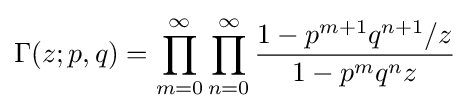
\Gamma (z;p,q)=\prod _{m=0}^{\infty }\prod _{n=0}^{\infty }{\frac {1-p^{m+1}q^{n+1}/z}{1-p^{m}q^{n}z}}